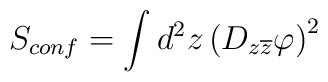
S_{conf}=\int d^2z\left( D_{z\overline{z}}\varphi \right) ^2